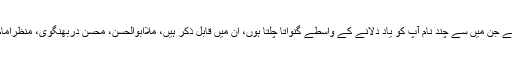
متھلانچل نے ہمیں بہت ہی عظیم المرتبت شخصیات سے نوازا ہے جن میں سے چند نام آپ کو یاد دلانے کے واسطے گنواتا چلتا ہوں، اُن میں قابل ذکر ہیں، ملاابوالحسن، محسن دربھنگوی، منظرامام، اویس احمد دوراں، مظہرامام، شاداں فاروقی اور لطف الرحمن۔